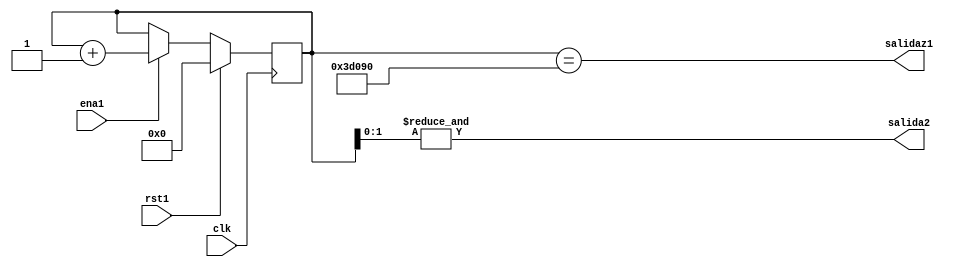
`timescale 1ns / 1ps

module cuentatiempos(clk,rst1,ena1,salidaz1,salida2);
input clk,rst1,ena1;
output wire salidaz1;
output wire salida2;
reg [24:0] cuenta;
always @(posedge clk)
	if(rst1)
		cuenta=25'b0;
	else if (ena1)
		cuenta=cuenta+1'b1;
	else 
		cuenta=cuenta;
		// represeta un segundo del clock
assign salidaz1=(cuenta==25'd250000);
assign salida2=&cuenta[1:0];
endmodule